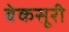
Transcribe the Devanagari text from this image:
बेकसूरी